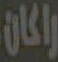
راكان